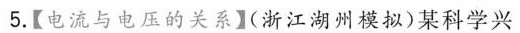
5.【电流与电压的关系】(浙江湖州模拟)某科学兴